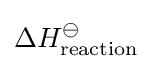
\Delta H_{\text{reaction}}^{\ominus }